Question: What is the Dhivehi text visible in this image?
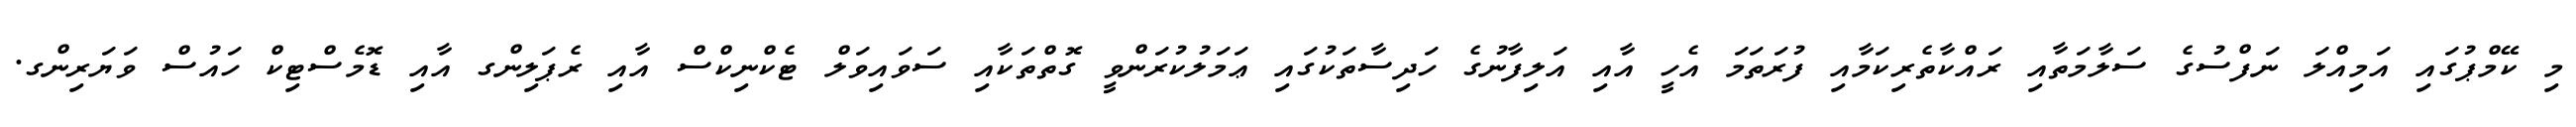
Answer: މި ކޭމްޕުގައި އަމިއްލަ ނަފްސުގެ ސަލާމަތާއި ރައްކާތެރިކަމާއި ފުރަތަމަ އެހީ އާއި އަލިފާނުގެ ހަދިސާތަކުގައި ޢަމަލުކުރަންވީ ގޮތްތަކާއި ސަވައިވަލް ޓެކްނިކްސް އާއި ރެޕަލިންގ އާއި ޑޮމެސްޓިކް ހައުސް ވަޔަރިންގ.